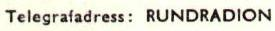
Telegrafadress: RUNDRADION